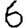
Digit: 6